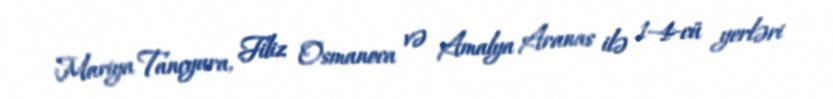
Mariya Tançyura, Filiz Osmanoca və Amalya Aranas ilə 1–4-cü yerləri